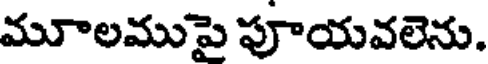
మూలముపై పూయవలెను.